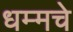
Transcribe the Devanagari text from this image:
धम्मचे